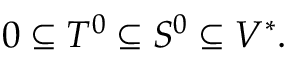
0 \subseteq T ^ { 0 } \subseteq S ^ { 0 } \subseteq V ^ { * } .